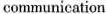
communication